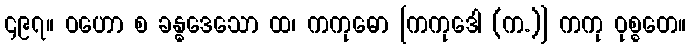
၄၉၇။ ဝဟော စ ခန္ဓဒေသော ထ၊ ကကုဓော [ကကုဒေါ (က.)] ကကု ဝုစ္စတေ။